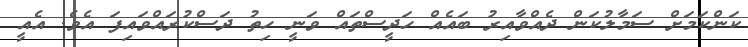
ކަންކަމަށް ސަމާލުކަން ދެއްވާއިރު ބައެއް ހަދީސްތައް ވަނީ ހިތު ދަސްކުރައްވައިފަ އެވެ. އެއީ